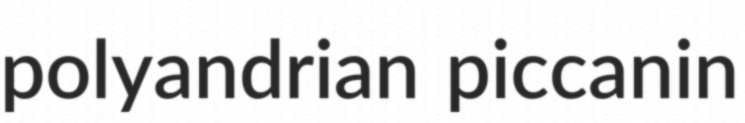
polyandrian piccanin